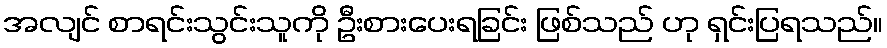
အလျင် စာရင်းသွင်းသူကို ဦးစားပေးရခြင်း ဖြစ်သည် ဟု ရှင်းပြရသည်။